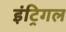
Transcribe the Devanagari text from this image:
इंट्रिगल